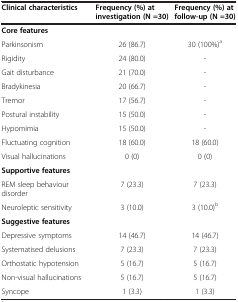
<table><thead><tr><td><b>Clinical characteristics</b></td><td><b>Frequency (%) at investigation (N =30)</b></td><td><b>Frequency (%) at follow-up (N =30)</b></td></tr></thead><tbody><tr><td><b>Core features</b></td><td></td><td></td></tr><tr><td>Parkinsonism</td><td>26 (86.7)</td><td>30 (100%)<sup>a</sup></td></tr><tr><td>Rigidity</td><td>24 (80.0)</td><td>-</td></tr><tr><td>Gait disturbance</td><td>21 (70.0)</td><td>-</td></tr><tr><td>Bradykinesia</td><td>20 (66.7)</td><td>-</td></tr><tr><td>Tremor</td><td>17 (56.7)</td><td>-</td></tr><tr><td>Postural instability</td><td>15 (50.0)</td><td>-</td></tr><tr><td>Hypomimia</td><td>15 (50.0)</td><td>-</td></tr><tr><td>Fluctuating cognition</td><td>18 (60.0)</td><td>18 (60.0)</td></tr><tr><td>Visual hallucinations</td><td>0 (0)</td><td>0 (0)</td></tr><tr><td><b>Supportive features</b></td><td></td><td></td></tr><tr><td>REM sleep behaviour disorder</td><td>7 (23.3)</td><td>7 (23.3)</td></tr><tr><td>Neuroleptic sensitivity</td><td>3 (10.0)</td><td>3 (10.0)<sup>b</sup></td></tr><tr><td><b>Suggestive features</b></td><td></td><td></td></tr><tr><td>Depressive symptoms</td><td>14 (46.7)</td><td>14 (46.7)</td></tr><tr><td>Systematised delusions</td><td>7 (23.3)</td><td>7 (23.3)</td></tr><tr><td>Orthostatic hypotension</td><td>5 (16.7)</td><td>5 (16.7)</td></tr><tr><td>Non-visual hallucinations</td><td>5 (16.7)</td><td>5 (16.7)</td></tr><tr><td>Syncope</td><td>1 (3.3)</td><td>1 (3.3)</td></tr></tbody></table>